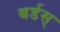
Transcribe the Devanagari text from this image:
बर्डस्